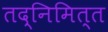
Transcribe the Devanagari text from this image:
तद्निमित्त